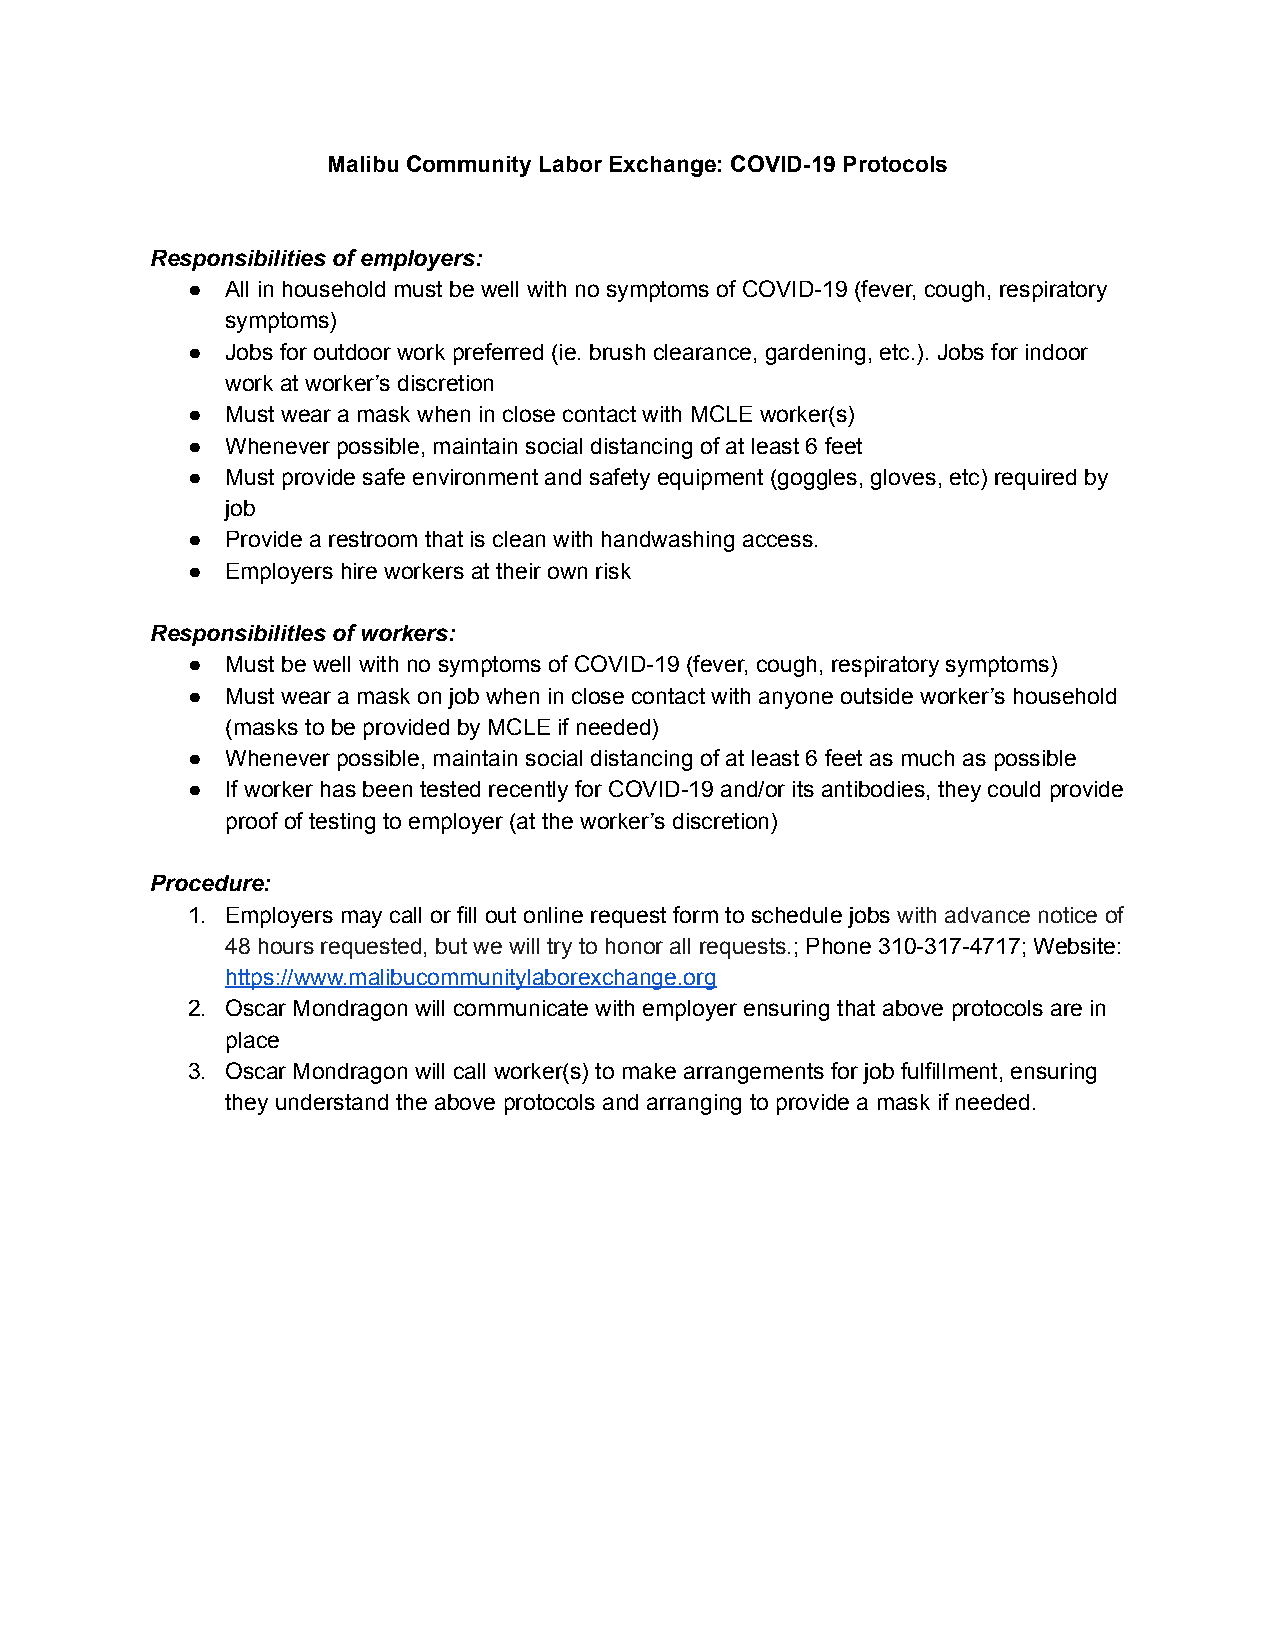
Malibu Community Labor Exchange: COVID-19 Protocols
 Responsibilities of employers:
 ●  All in household must be well with no symptoms of COVID-19 (fever, cough, respiratory
 symptoms)
 ●  Jobs for outdoor work preferred (ie. brush clearance, gardening, etc.). Jobs for indoor
 work at worker’s discretion
 ●  Must wear a mask when in close contact with MCLE worker(s)
 ●  Whenever possible, maintain social distancing of at least 6 feet
 ●  Must provide safe environment and safety equipment (goggles, gloves, etc) required by
 job
 ●  Provide a restroom that is clean with handwashing access.
 ●  Employers hire workers at their own risk
 ResponsibilitIes of workers:
 ●  Must be well with no symptoms of COVID-19 (fever, cough, respiratory symptoms)
 ●  Must wear a mask on job when in close contact with anyone outside worker’s household
 (masks to be provided by MCLE if needed)
 ●  Whenever possible, maintain social distancing of at least 6 feet as much as possible
 ●  If worker has been tested recently for COVID-19 and/or its antibodies, they could provide
 proof of testing to employer (at the worker’s discretion)
 Procedure:
 1. Employers may call or fill out online request form to schedule jobs with advance notice of
 48 hours requested, but we will try to honor all requests.; Phone 310-317-4717; Website:
 https://www.malibucommunitylaborexchange.org
 2. Oscar Mondragon will communicate with employer ensuring that above protocols are in
 place
 3. Oscar Mondragon will call worker(s) to make arrangements for job fulfillment, ensuring
 they understand the above protocols and arranging to provide a mask if needed.